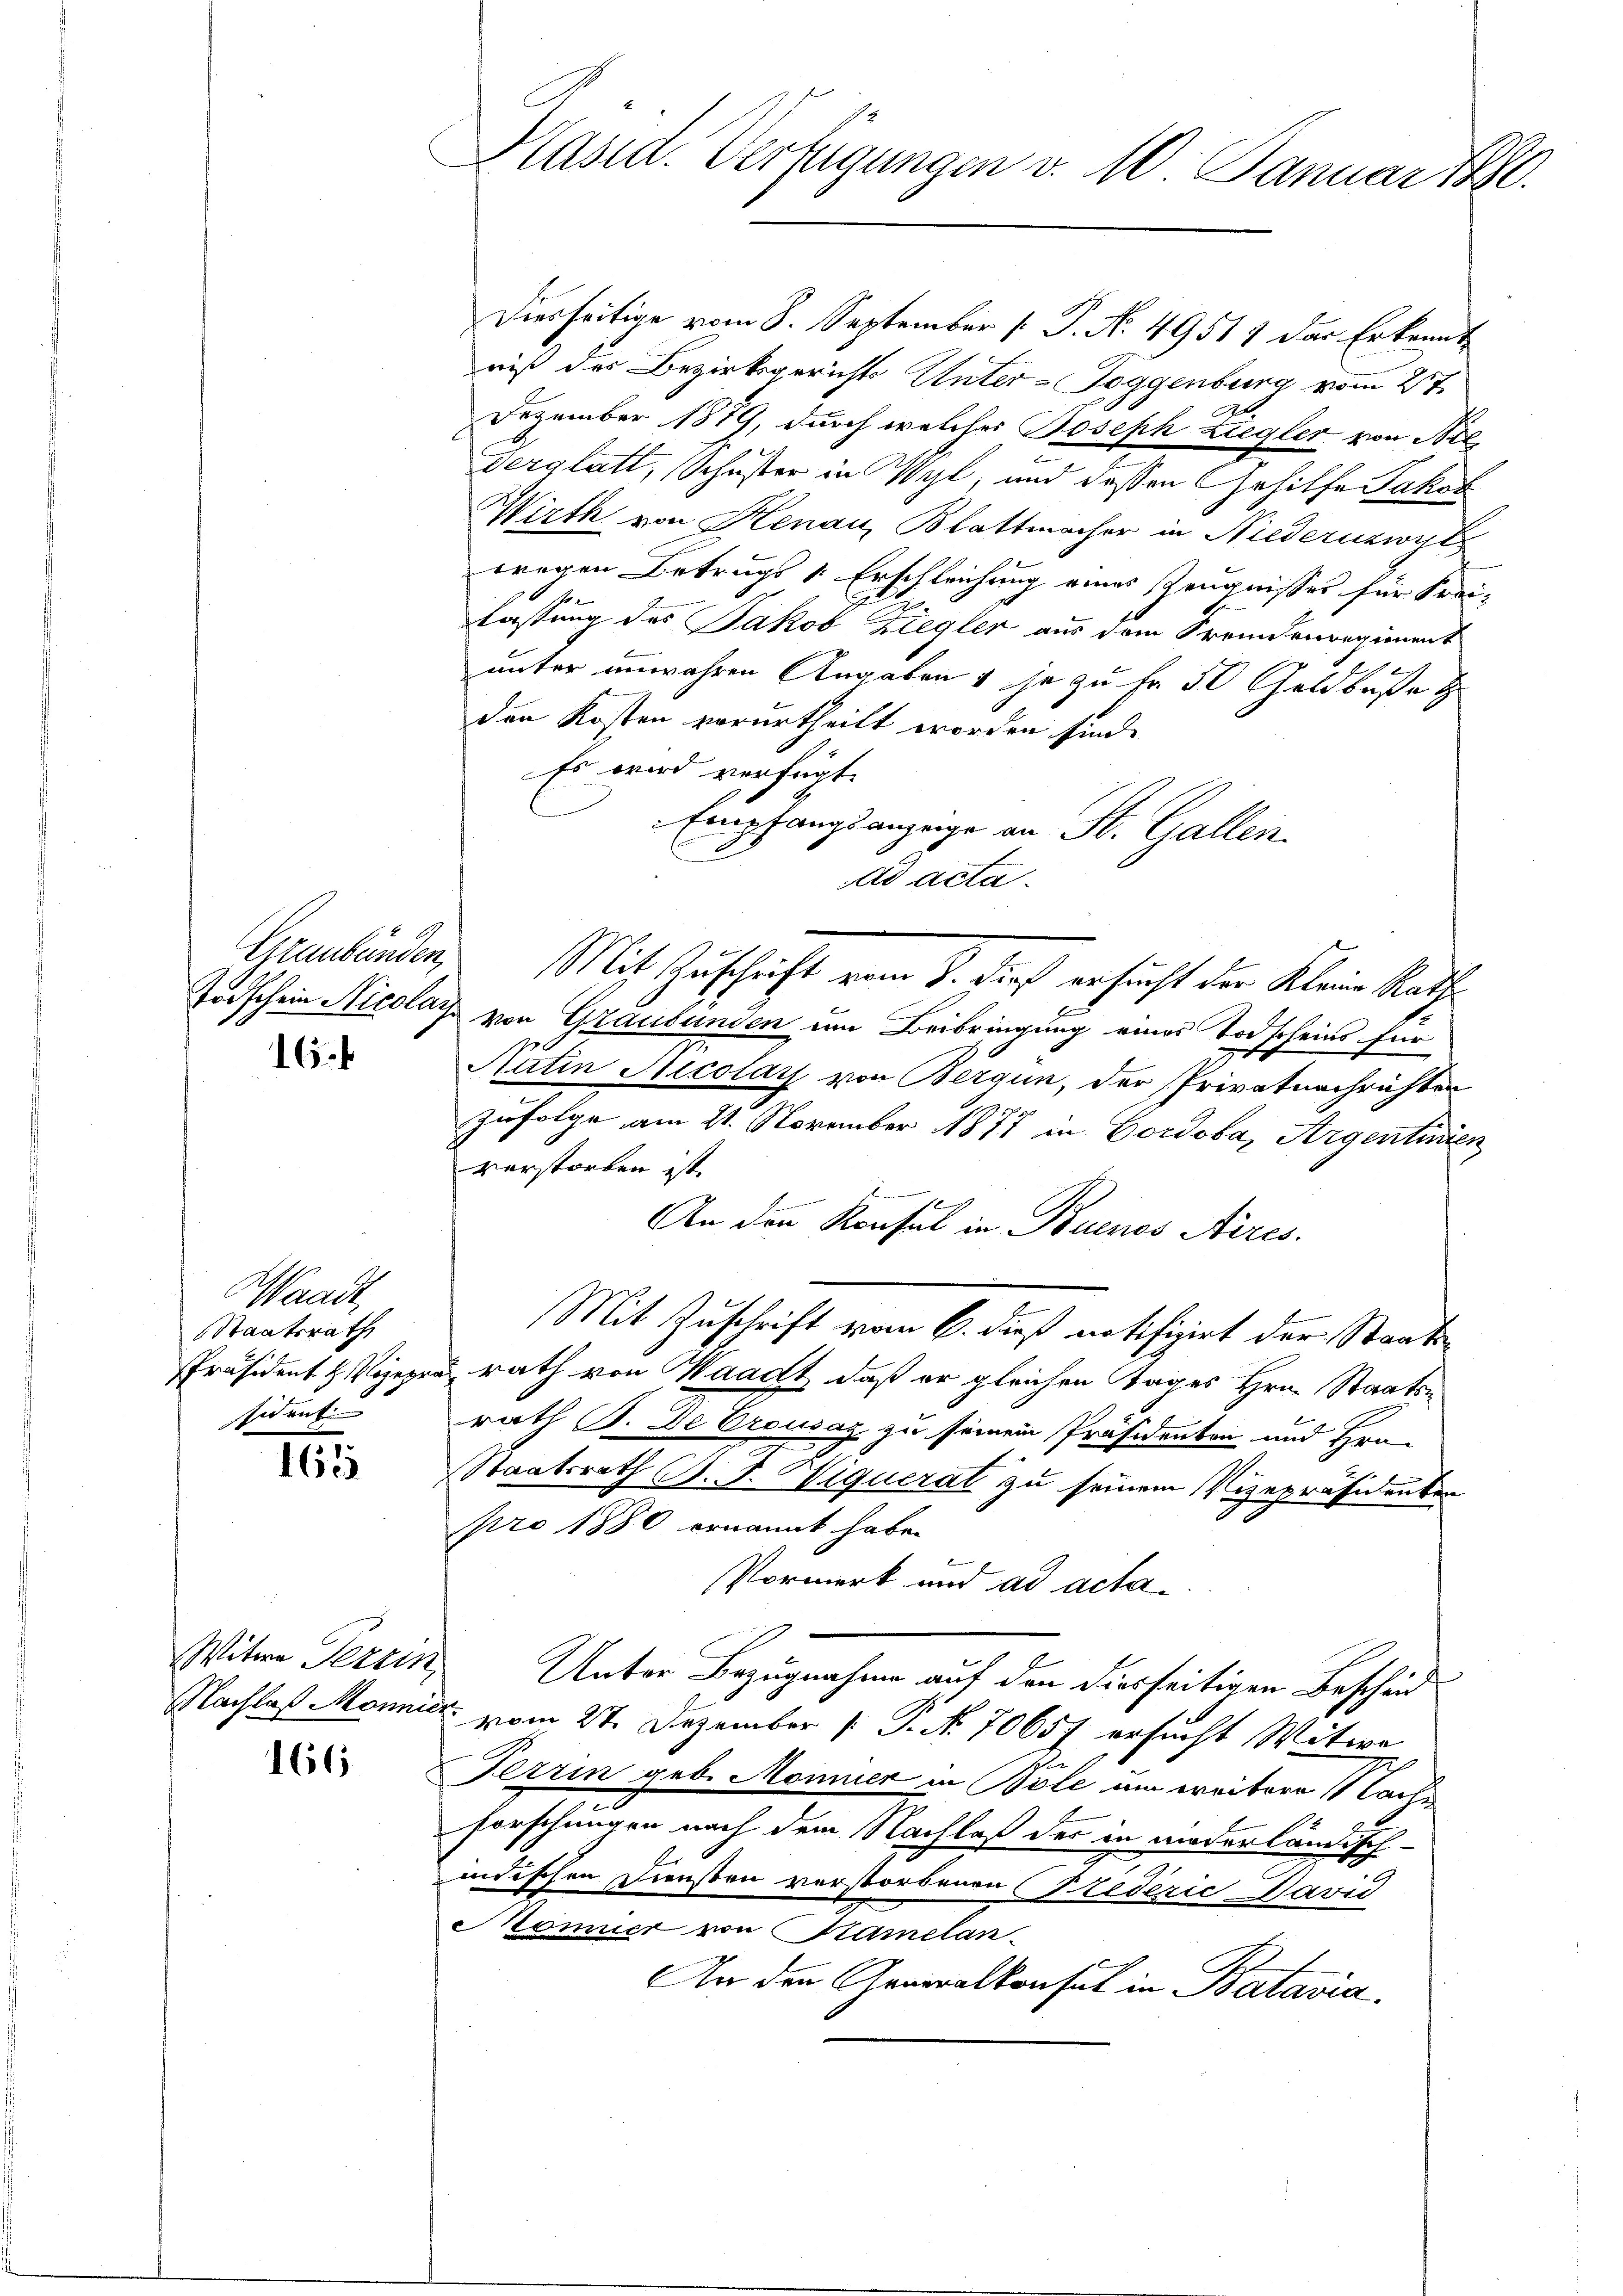
Graubünden,

16.

Waadt,
Staatsrath
Präsident H. Vizepr
sident

165

Witwe Terrin

166

Diesseitige vom 8. September [ P. N. 49517 der Erkennt
niß des Bezirksgerichts Unter-Toggenburg vom 27.
At
Dezember 1879, durch welches Joseph Ziegler von Bil
Verglatt, Schuster in Wyl, und dessen Gehilfe Jakob
Wirth von Henau, Blattmacher in Niederuzwil
wegen Betrugs 1 Erschleichung eines Zeugnisses für Frei-
r
lastung des Jakob Ziegler aus dem Fremdenregiment
unter unwahren Angaben & je zu fr 50 Geldbuße
den Kosten verurtheilt worden sind.
Es wird verfügt,
Empfangsanzeige an St. Gallen.
d acta.
Todschein Nicolats von Graubünden um Beibringung eines Todscheins für
Satin Nicolay von Bergün, der Privatnachrichten
Zufolge am 21. November 1877 in Cordova, Argentiren
verstorben ist.
An den Konsul in Buenos Aires.
Mit Zuschrift vom 6. dieß notifizirt der Staats
u rath von Waadt, daß er gleichen Tages Hrn. Staatsrath B. De Crousaz zu seinem Präsidenten und Hrn.
Staatsrath B. J. Niquerat zu seinem Vizepräsidenten
pro 1880 ernannt habe.
Vormerk und ad acta
x
Unter Bezugnahme auf den diesseitigen Bescheid
Nachlaß Mannick vom 27. Dezember [ P. No 70657 ersucht Witwe
Terrin geb. Monnier in Bole um weitere Nach¬
Forschungen nach dem Nachlaß des in niederländisch-
indischen Diensten verstorbenen (Federić David
ömner von Kamelan
An den Generalkonsul in Batavia

Plasia. Verfügungen v. 10. Januar 1880.

Mit Zuschrift vom 8. die ersucht der Kleine Rathe